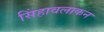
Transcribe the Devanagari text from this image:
सिंहावलाकन